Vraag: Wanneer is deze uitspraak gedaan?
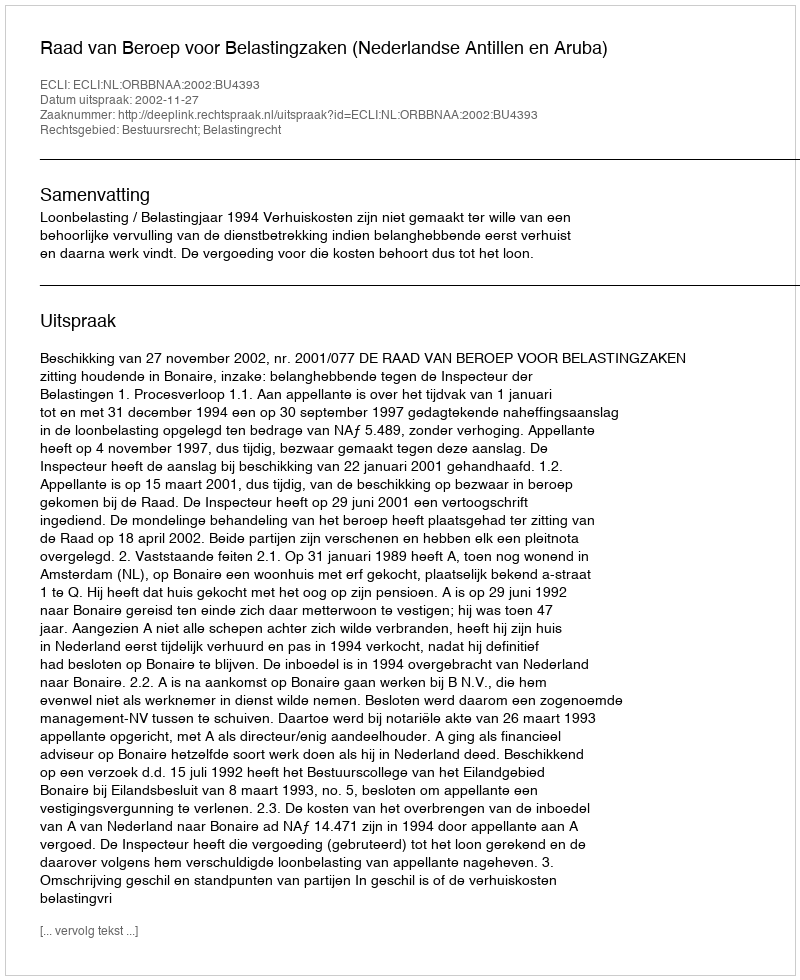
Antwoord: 2002-11-27